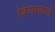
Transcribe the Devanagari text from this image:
क्रियावाले